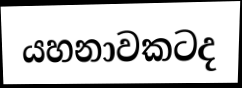
යහනාවකටද